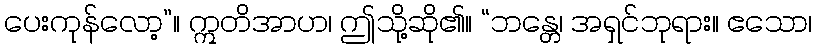
ပေးကုန်လော့”။ ဣတိအာဟ၊ ဤသို့ဆို၏။ “ဘန္တေ၊ အရှင်ဘုရား။ ဧသော၊